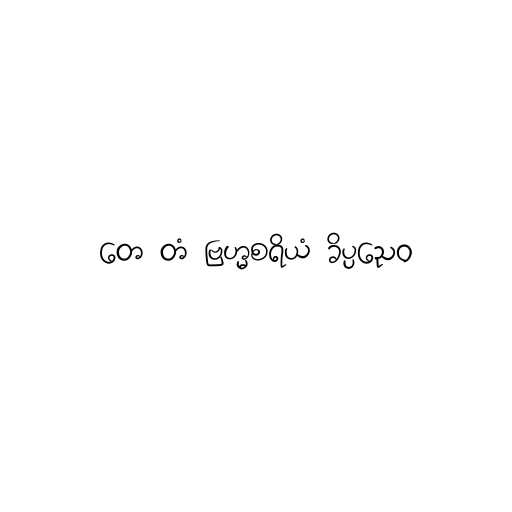
တေ တံ ဗြဟ္မစရိယံ ခိပ္ပညေဝ